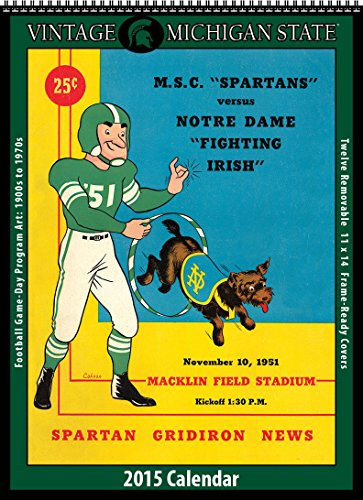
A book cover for Michigan State Spartans 2015 Vintage Football Calendar; Asgard Press; Calendars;